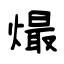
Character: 熶